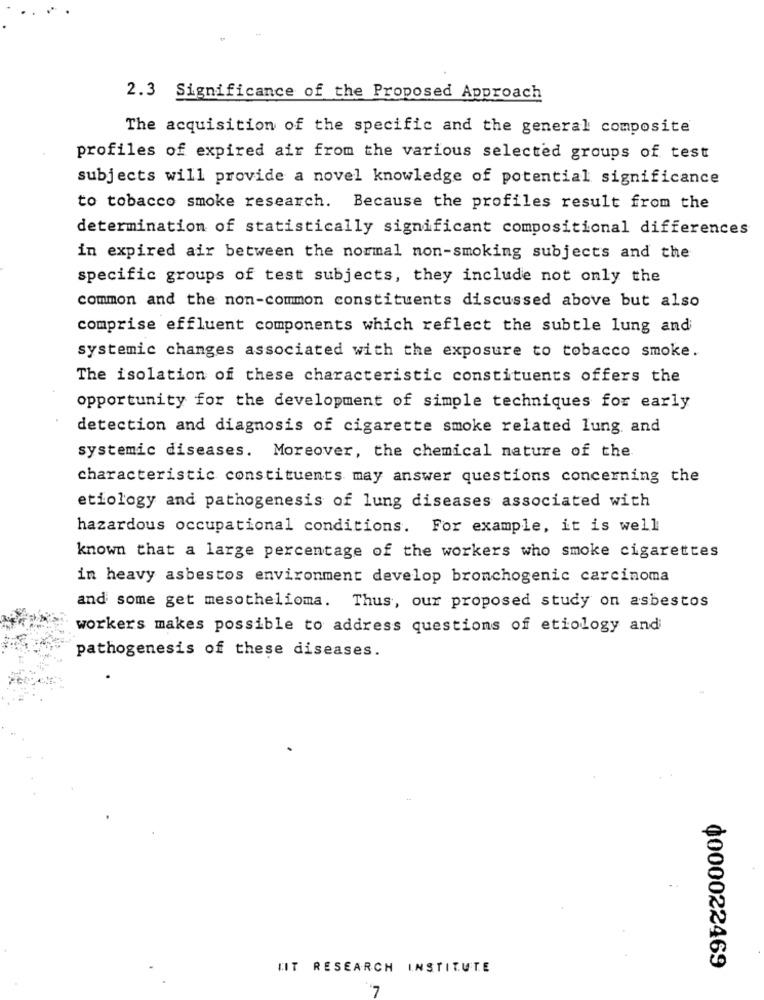
2.3 Significance of the Proposed Approach
The acquisition of the specific and the general composite
profiles of expired air from the various selected groups of test
subjects will provide a novel knowledge of potential significance
to tobacco smoke research. Because the profiles result from the
determination of statistically significant compositional differences
in expired air between the normal non-smoking subjects and the
specific groups of test subjects, they include not only the
common and the non-common constituents discussed above but also
comprise effluent components which reflect the subtle lung and
systemic changes associated with the exposure to tobacco smoke.
The isolation of these characteristic constituents offers the
opportunity for the development of simple techniques for early
detection and diagnosis of cigarette smoke related lung and
systemic diseases. Moreover, the chemical nature of the
characteristic constituents may answer questions concerning the
etiology and pathogenesis of lung diseases associated with
hazardous occupational conditions. For example, it is well
known that a large percentage of the workers who smoke cigarettes
in heavy asbestos environment develop bronchogenic carcinoma
and some get mesothelioma. Thus, our proposed study on asbestos
workers makes possible to address questions of etiology and
pathogenesis of these diseases.
LIT RESEARCH INSTITUTE
0000022469
7